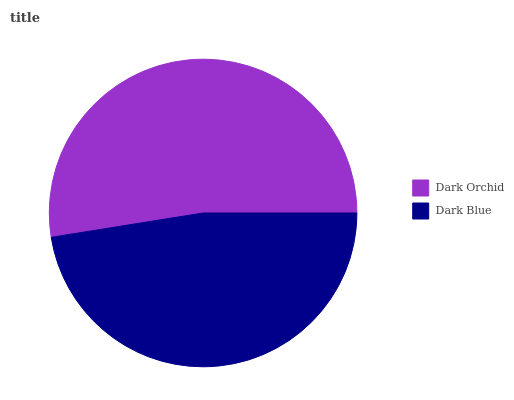
| Dark Orchid | Dark Blue |
 | --- | --- |
 | 52.5% | 47.5% |